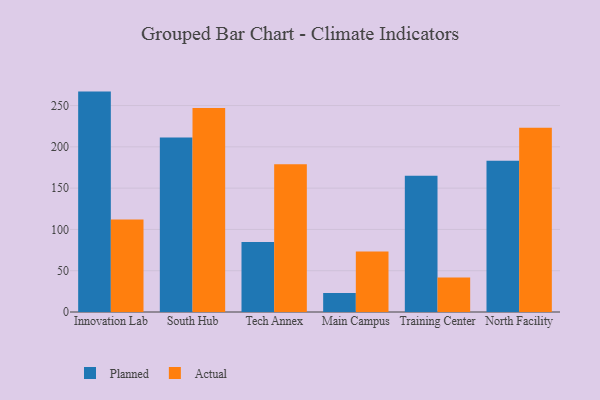
{"axis": {"x": "Campus", "y": "Churn Rate (%)"}, "legend": ["Actual", "Planned"], "data": [{"x": "Innovation Lab", "y": 266.9, "type": "Planned"}, {"x": "Innovation Lab", "y": 112.1, "type": "Actual"}, {"x": "South Hub", "y": 211.4, "type": "Planned"}, {"x": "South Hub", "y": 246.9, "type": "Actual"}, {"x": "Tech Annex", "y": 84.8, "type": "Planned"}, {"x": "Tech Annex", "y": 178.8, "type": "Actual"}, {"x": "Main Campus", "y": 22.9, "type": "Planned"}, {"x": "Main Campus", "y": 73.3, "type": "Actual"}, {"x": "Training Center", "y": 165.1, "type": "Planned"}, {"x": "Training Center", "y": 41.9, "type": "Actual"}, {"x": "North Facility", "y": 183.1, "type": "Planned"}, {"x": "North Facility", "y": 223.0, "type": "Actual"}]}